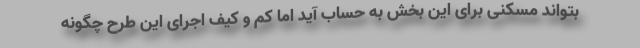
بتواند مسکنی برای این بخش به حساب آید اما کم و کیف اجرای این طرح چگونه